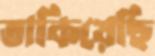
তাকিয়েছি